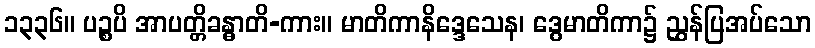
၁၃၃၆။ ပဉ္စပိ အာပတ္တိခန္ဓာတိ-ကား။ မာတိကာနိဒ္ဒေသေန၊ ဒွေမာတိကာ၌ ညွှန်ပြအပ်သော